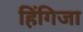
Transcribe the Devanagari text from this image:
हिंगिजा